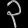
Digit: ၃